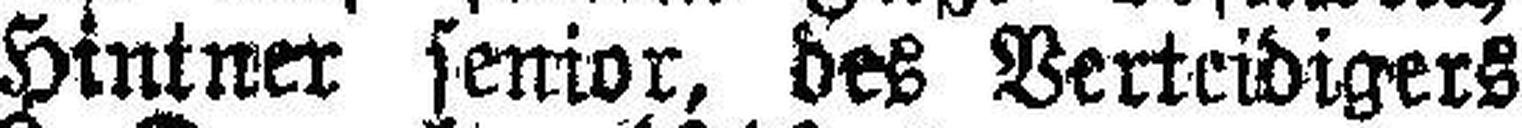
Hintner senior, des Verteidigers Dr. Salzmann am